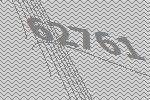
62761